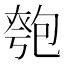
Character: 𠣻